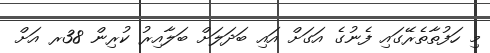
މި ހަފުތާތެރޭގައި ފެނުގެ އަގަށް އައި ބަދަލަށް ބަލާއިރު ކުރިން 38ރ އަށް